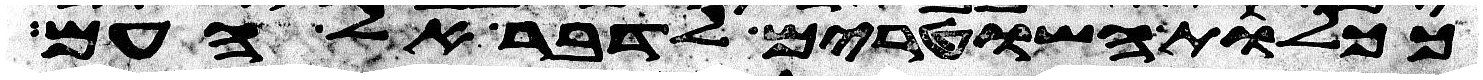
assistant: ככלות השטרים לדבר אל העם